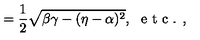
= \frac { 1 } { 2 } \sqrt { \beta \gamma - ( \eta - \alpha ) ^ { 2 } } , \ \textrm { e t c . , }